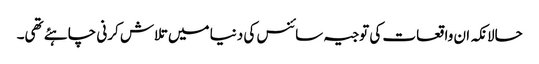
حالانکہ ان واقعات کی توجیہ سائنس کی دنیا میں تلاش کرنی چاہئے تھی۔